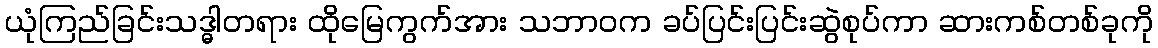
ယုံကြည်ခြင်းသဒ္ဓါတရား ထိုမြေကွက်အား သဘာဝက ခပ်ပြင်းပြင်းဆွဲစုပ်ကာ ဆားကစ်တစ်ခုကို